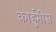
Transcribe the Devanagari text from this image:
कार्हुमीस